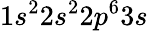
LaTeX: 1s^{2}2s^{2}2p^{6}3s